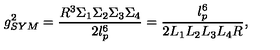
g _ { S Y M } ^ { 2 } = \frac { R ^ { 3 } \Sigma _ { 1 } \Sigma _ { 2 } \Sigma _ { 3 } \Sigma _ { 4 } } { 2 l _ { p } ^ { 6 } } = \frac { l _ { p } ^ { 6 } } { 2 L _ { 1 } L _ { 2 } L _ { 3 } L _ { 4 } R } ,